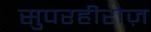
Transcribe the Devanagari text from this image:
सुपरहीरोज़